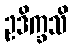
ဥဒိက္ခသိ